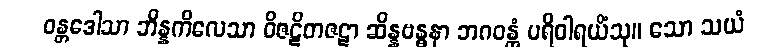
ဝန္တဒေါသာ ဘိန္နကိလေသာ ဝိဇဋိတဇဋာ ဆိန္နဗန္ဓနာ ဘဂဝန္တံ ပရိဝါရယိံသု။ သော သယံ